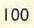
100